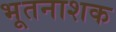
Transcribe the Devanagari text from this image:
भूतनाशक